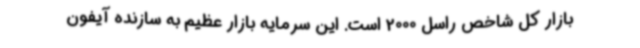
بازار کل شاخص راسل 2000 است. این سرمایه بازار عظیم به سازنده آیفون